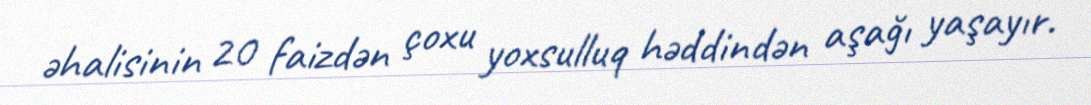
əhalisinin 20 faizdən çoxu yoxsulluq həddindən aşağı yaşayır.